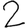
Digit: 2